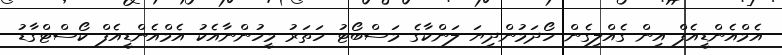
އެމްއެންޑީއެފް އިން ގެއްލިގެން ހޯދަމުންދިޔަ ލަންކާގެ މަސްބޯޓު ހަތަރު މީހުންނާއެކު އެމްއެންޑީއެފް ކޯސްޓްގާޑު